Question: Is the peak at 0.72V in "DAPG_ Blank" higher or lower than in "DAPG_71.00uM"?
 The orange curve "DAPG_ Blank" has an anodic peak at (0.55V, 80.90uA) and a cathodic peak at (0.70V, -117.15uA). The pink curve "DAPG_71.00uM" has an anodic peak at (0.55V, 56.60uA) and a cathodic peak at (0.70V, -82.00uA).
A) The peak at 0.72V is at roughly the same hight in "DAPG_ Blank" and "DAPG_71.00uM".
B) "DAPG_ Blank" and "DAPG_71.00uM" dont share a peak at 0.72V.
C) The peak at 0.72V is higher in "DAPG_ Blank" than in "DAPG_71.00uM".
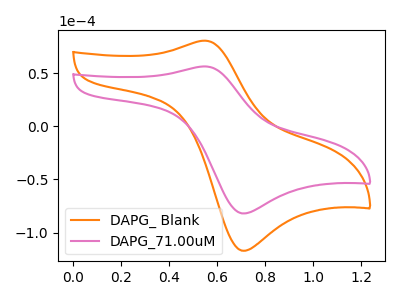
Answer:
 <answer>C) The peak at 0.72V is higher in "DAPG_ Blank" than in "DAPG_71.00uM".</answer>
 <eval>C</eval>